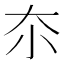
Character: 夵